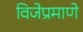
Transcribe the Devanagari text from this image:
विजेप्रमाणे